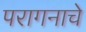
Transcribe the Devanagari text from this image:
परागनाचे